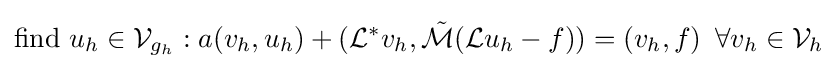
{\text{find }}u_{h}\in {\mathcal {V}}_{g_{h}}:a(v_{h},u_{h})+({\mathcal {L}}^{*}v_{h},{\mathcal {\tilde {M}}}({\mathcal {L}}{u_{h}}-f))=(v_{h},f)\,\,\,\forall {v}_{h}\in {\mathcal {V}}_{h}